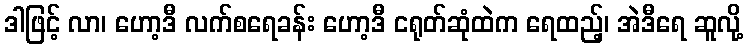
ဒါဖြင့် လာ၊ ဟော့ဒီ လက်စရေခန်း ဟော့ဒီ ငရုတ်ဆုံထဲက ရေထည့်၊ အဲဒီရေ ဆူလို့